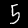
Digit: 5